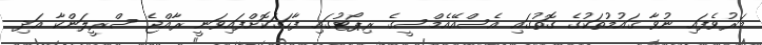
މަރުވެފައި ނުވާ ޤައުމުތަކުގެ ގޮތުގައި އެސްއޭއެމްސީގެ ރިޕޯޓުގައި ފާހަގަކޮށްފައިވަނީ ރާއްޖެ ސްރީލަންކާ އަދި